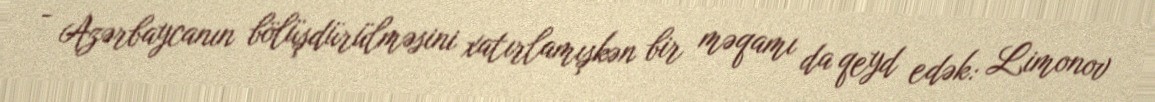
- Azərbaycanın bölüşdürülməsini xatırlamışkən bir məqamı da qeyd edək: Limonov